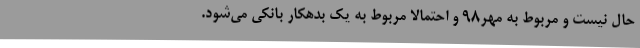
حال نیست و مربوط به مهر۹۸ و احتمالا مربوط به یک بدهکار بانکی می‌شود.